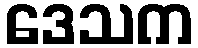
ဒေသက